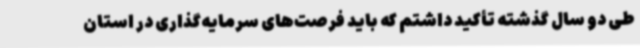
طی دو سال گذشته تأکید داشتم که باید فرصت‌های سرمایه‌گذاری در استان